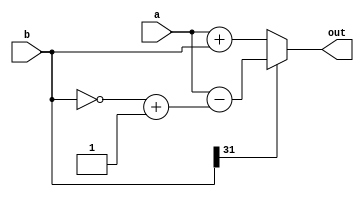
module adder(a, b,  out);
   input[31:0] a, b;
   output[31:0] out;
   assign out = OUT(a, b);

   function [31:0] OUT;
       input [31:0] a, b;
       begin
       casex(b[31])
           1'b1:   begin
                   b = ~b;
                   b = b + 1'b1;
                   OUT = a - b;
                   end
           default: OUT = a + b;
       endcase
     end
   endfunction
endmodule